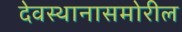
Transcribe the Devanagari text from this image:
देवस्थानासमोरील